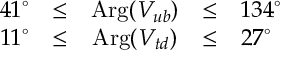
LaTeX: \begin{array} { r c c c l } { { 4 1 ^ { \circ } } } & { { \le } } & { { \mathrm { A r g } ( V _ { u b } ) } } & { { \le } } & { { 1 3 4 ^ { \circ } } } \\ { { 1 1 ^ { \circ } } } & { { \le } } & { { \mathrm { A r g } ( V _ { t d } ) } } & { { \le } } & { { 2 7 ^ { \circ } } } \end{array}